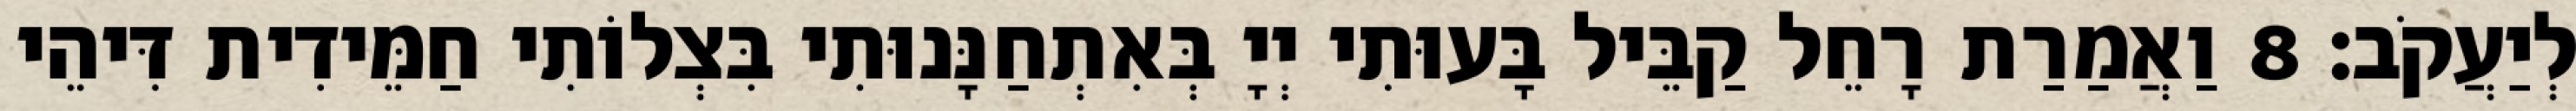
לְיַעֲקֹב׃ 8 וַאֲמַרַת רָחֵל קַבֵּיל בָּעוּתִי יְיָ בְּאִתְחַנָּנוּתִי בִּצְלוֹתִי חַמֵּידִית דִּיהֵי